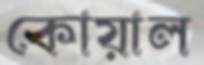
কোয়াল